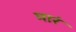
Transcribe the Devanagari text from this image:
मारं